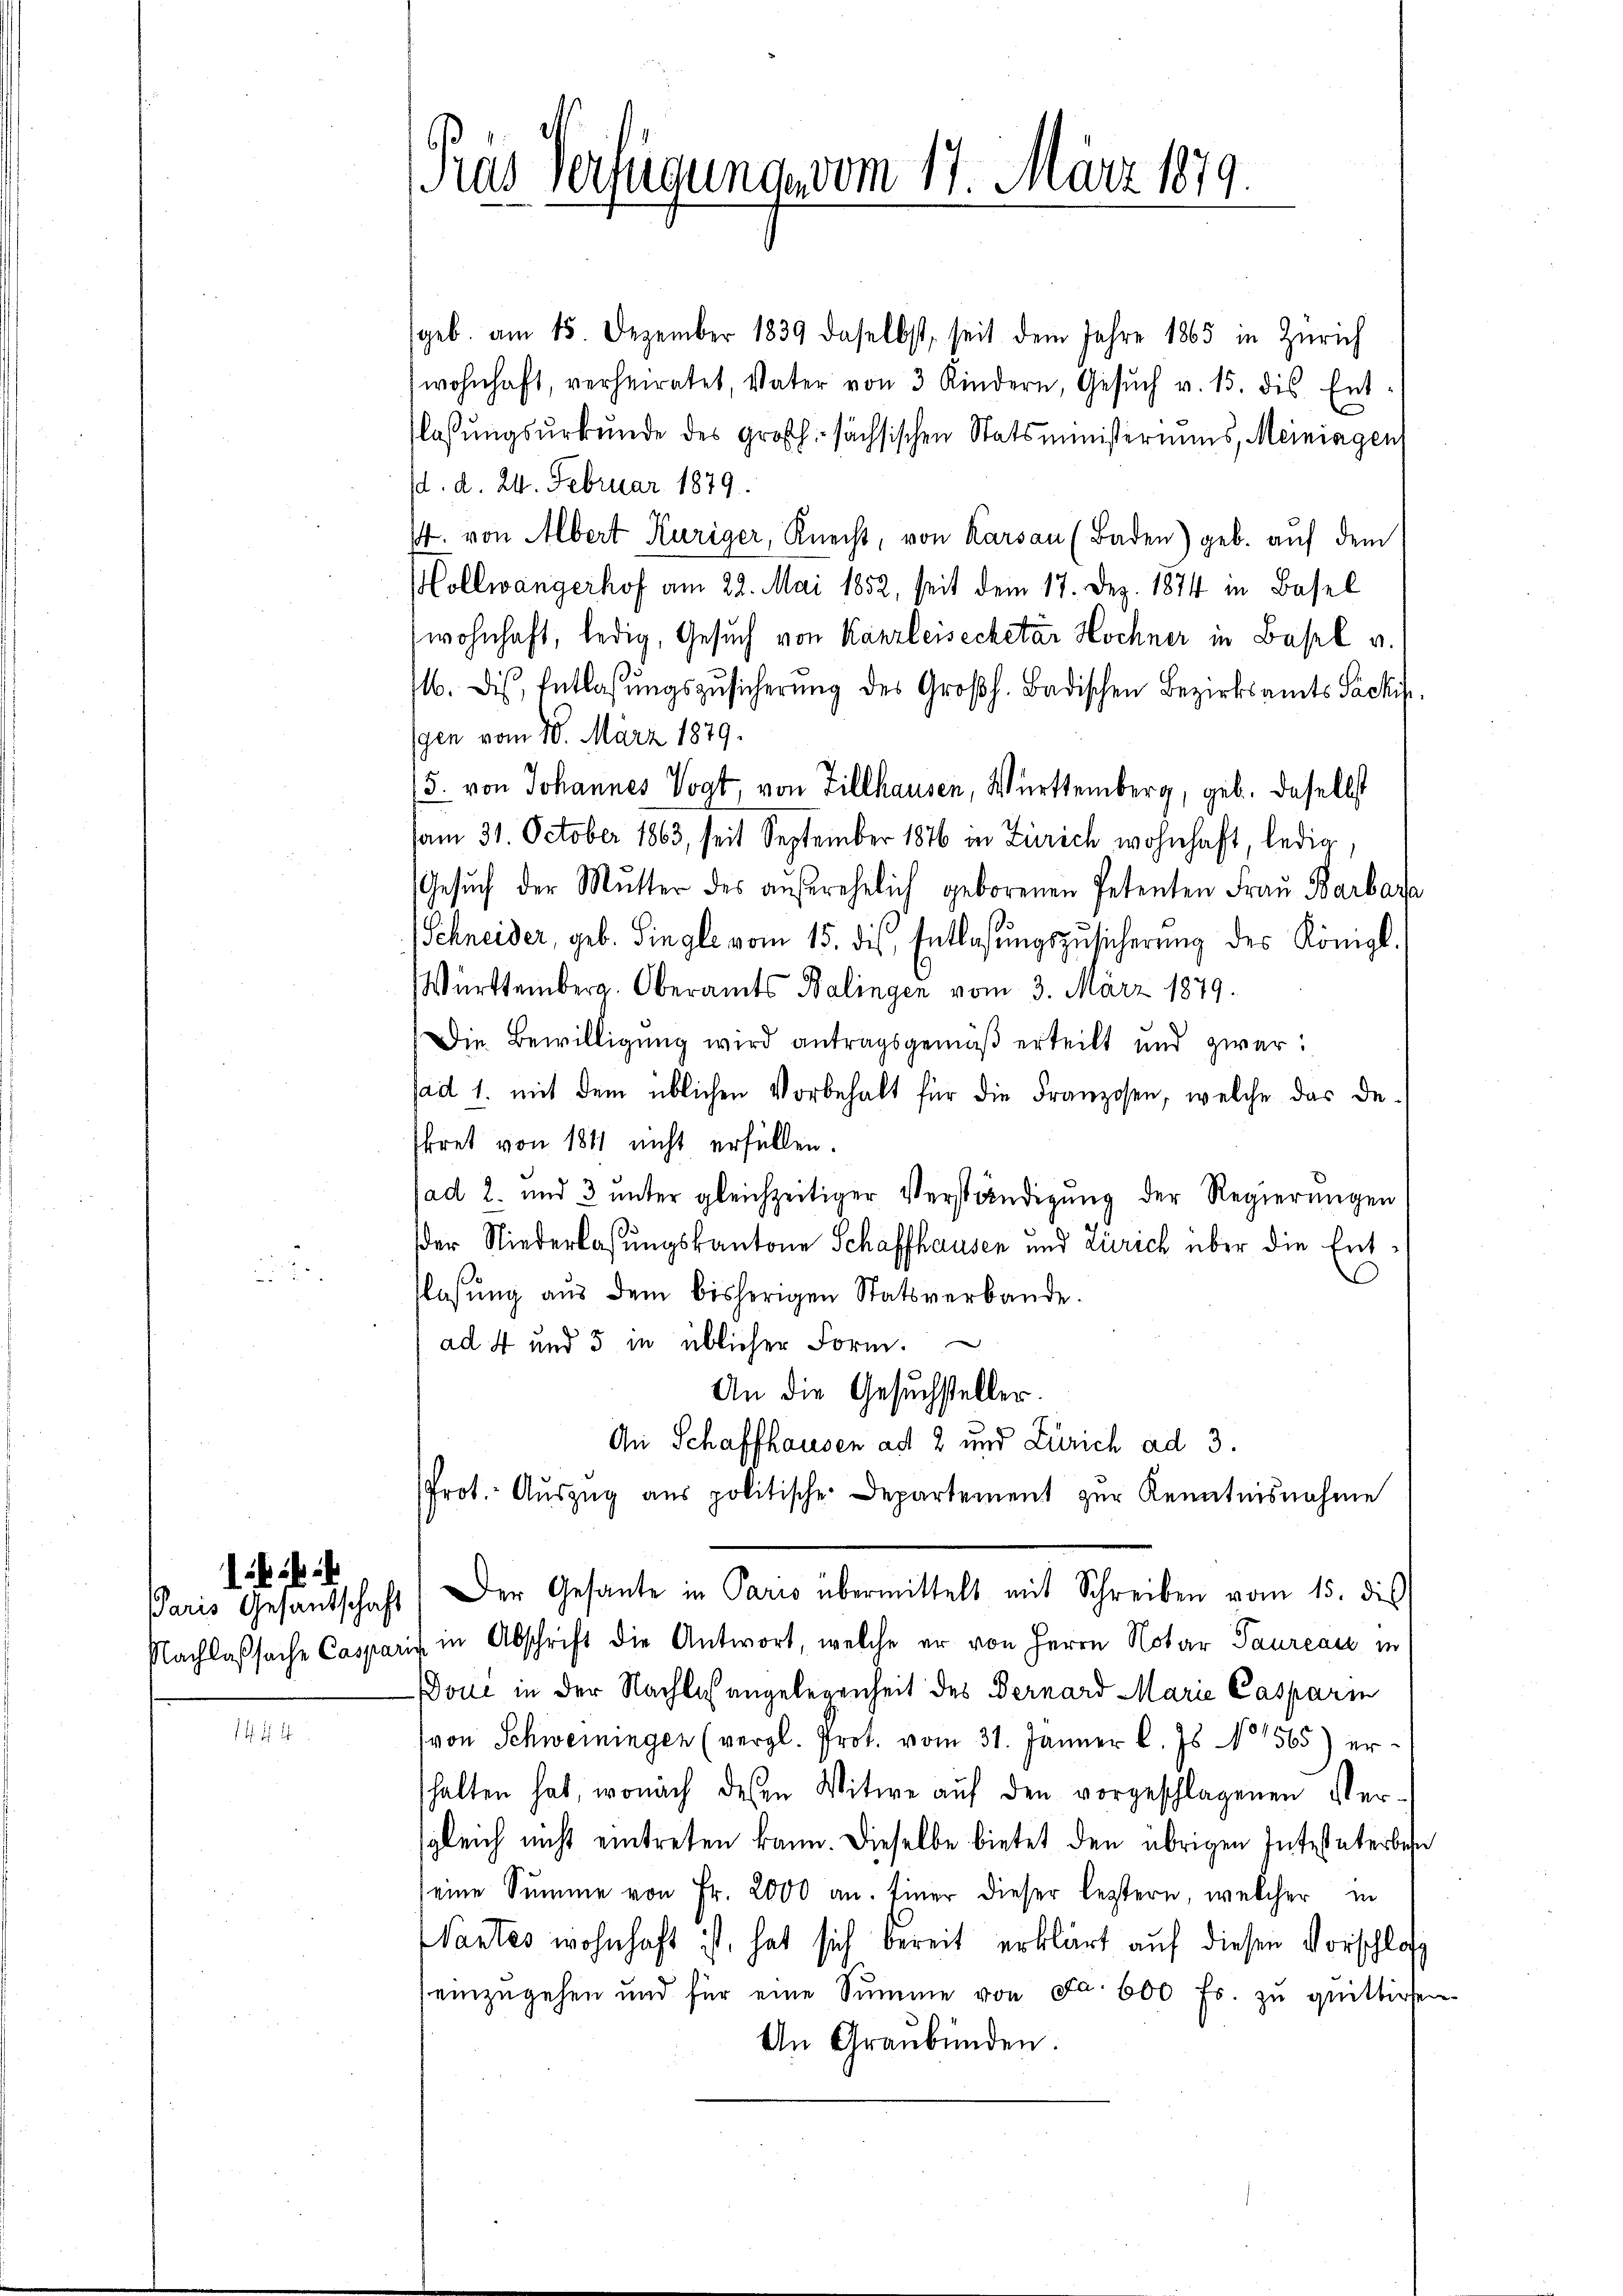
Pras Verfügung vom 17. März 1879.

(geb. am 15. Dezember 1839 daselbst, seit dem Jahre 1865 in Zürich
wohnhaft, verheiratet, Vater von 3 Kindern, Gesŭch v. 15. des Ent-
flassungsurkunde des Großh. sächsischen Statsministeriums, Meiningen,
d. d. 24. Februar 1879.
4. von Albert Küriger, Knecht, von Karsau (Baden) geb. auf dem
Hollwangerhof am 22. Mai 1852, seit dem 17. Dez. 1874 in Basel
wohnhaft, ledig, Gesuch von Kanzleisecretär Hochner in Basel v.
16. des Entlassŭngszusicherung des Großh. Badischen Bezirksamts Packis
gen vom 10. März 1879.
(3. von Johannes Vogt, von Zillhausen, Württemberg, geb. daselbst
am 31. October 1863, seit September 1876 in Zürich wohnhaft, ledig,
Gesŭch der Mŭtter des aŭfrehelich geborenen Petenten Fraŭ Barbara
Schneider, geb. Single vom 15. dis, Entlaßungszusicherung des Königl.
Württemberg. Oberamts Balingen vom 3. März 1879.
Die Bewilligung wird antragsgemäß erteilt und zwar:
sad 1. mit dem üblichen Vorbehalt für die Franzosen, welche das De-
kret von 1811 nicht erfüllen.
ad 2. und 3 unter gleichzeitiger Verständigung der Regierungen
der Niederlaßungskantone Schaffhausen und Zürich über die Entflassŭng aŭs dem bisherigen Statsverbande.
ad 4 und 5 in üblicher Form.
An die Gesuchsteller.
An Schaffhausen ad 2 und Zürich ad 3.
Prot. Aŭszŭg aŭs politische Departement zŭr Kenntnisnahme
Paris Gesantschaft) Der Gesante in Paris übermittelt mit Schreiben vom 15. dis
Nachlaßsache Casparis in Abschrift die Antwort, welche er von Herrn Notar Taureau in
Doul in der Nachlich angelegenheit des Bernard Marie Caspari
(von Schweiningen (vergl. Prot. vom 31. Jänner l. Js. 565) erhalten hat, wonach desen Witwe aŭf den vorgeschlagenen Ver-
sgleich nicht eintreten kann. Dieselbe bietet den übrigen Intestaterbese
eine Summe von Fr. 2000 an. Einer dieser leztern, welcher in
Wantes wohnhaft ist, hat sich bereit erklärt auf diesen Vorschloß
einzugehen und für eine Summe von Fr. 600 Fr. zu quittiren
An Graubünden.